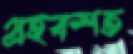
গ্রহবশত